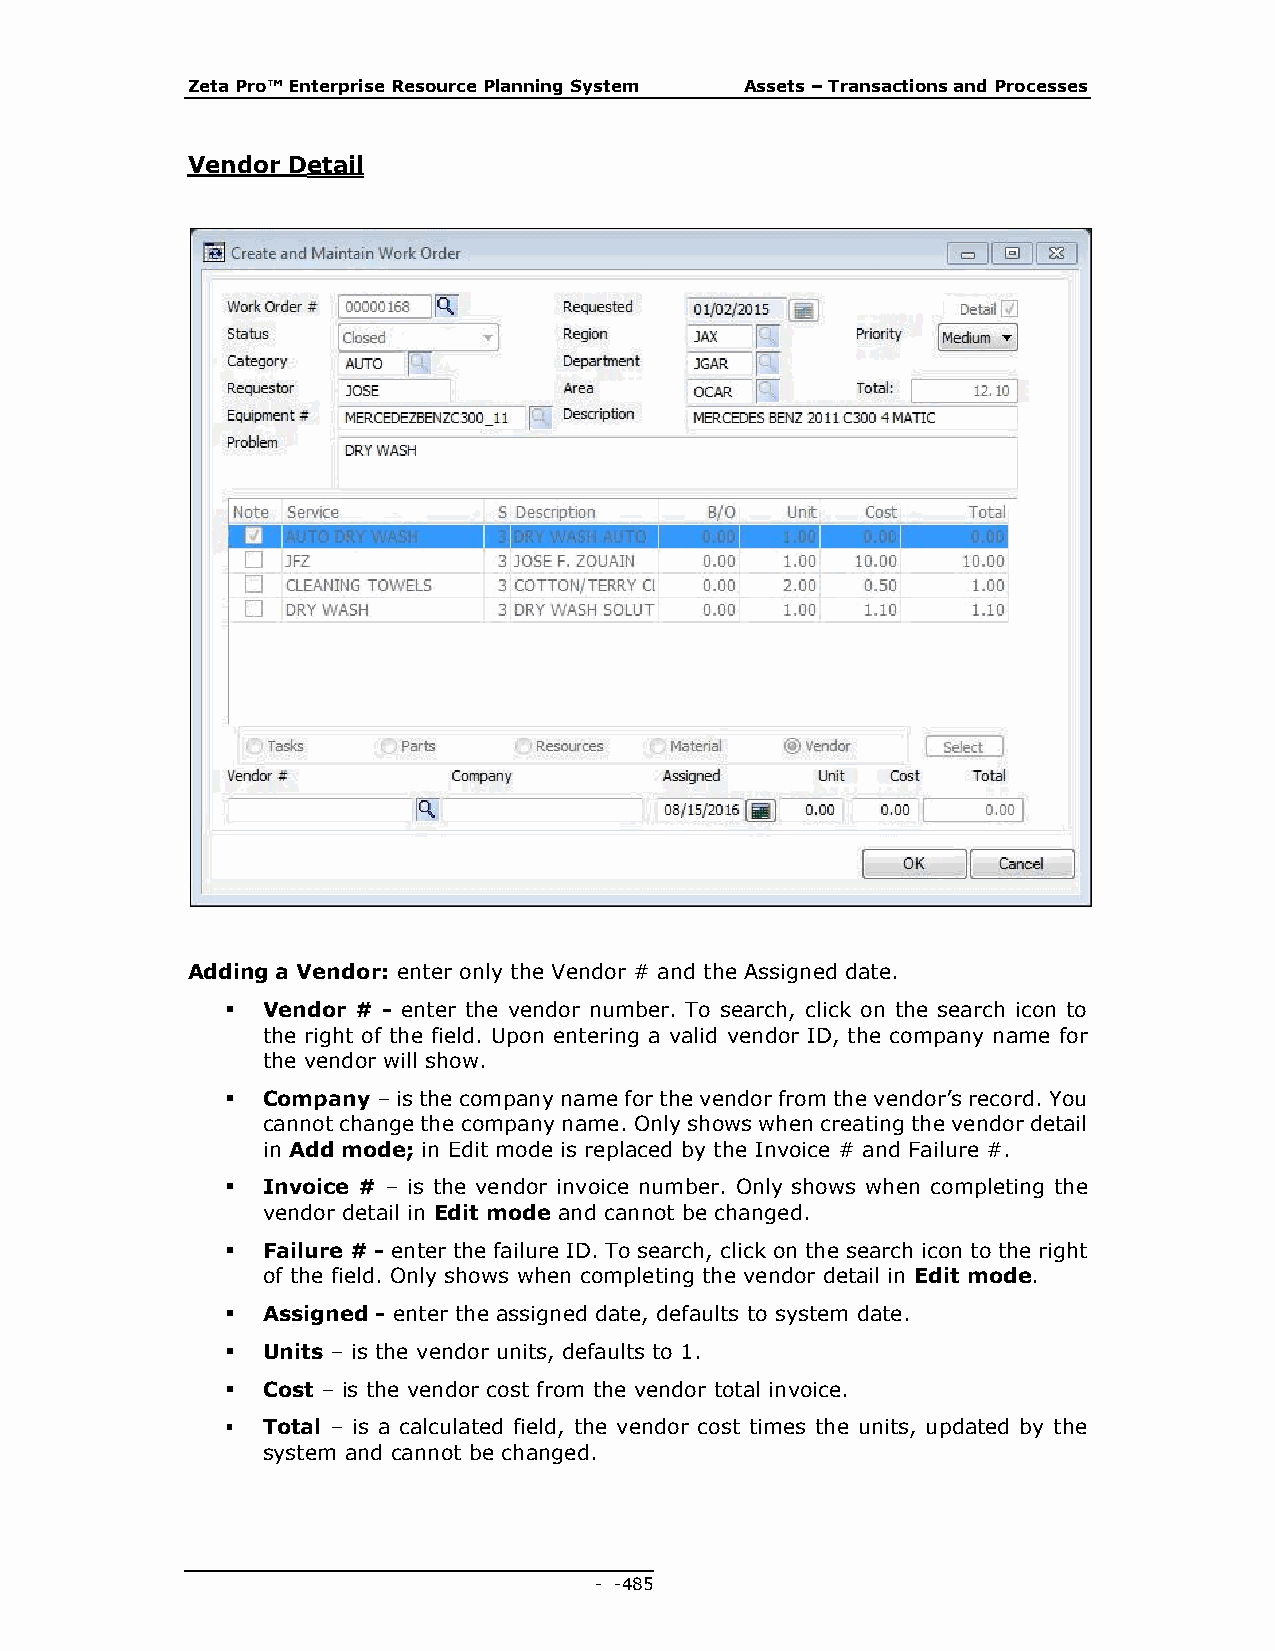
Zeta Pro™ Enterprise Resource Planning System Assets – Transactions and Processes
 Vendor Detail
 Adding a Vendor: enter only the Vendor # and the Assigned date.
  Vendor # - enter the vendor number. To search, click on the search icon to
 the right of the field. Upon entering a valid vendor ID, the company name for
 the vendor will show.
  Company – is the company name for the vendor from the vendor’s record. You
 cannot change the company name. Only shows when creating the vendor detail
 in Add mode; in Edit mode is replaced by the Invoice # and Failure #.
  Invoice # – is the vendor invoice number. Only shows when completing the
 vendor detail in Edit mode and cannot be changed.
  Failure # - enter the failure ID. To search, click on the search icon to the right
 of the field. Only shows when completing the vendor detail in Edit mode.
  Assigned - enter the assigned date, defaults to system date.
  Units – is the vendor units, defaults to 1.
  Cost – is the vendor cost from the vendor total invoice.
  Total – is a calculated field, the vendor cost times the units, updated by the
 system and cannot be changed.
 - - 485